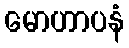
မောဟာပနံ